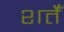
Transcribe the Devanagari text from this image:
शर्तेँ